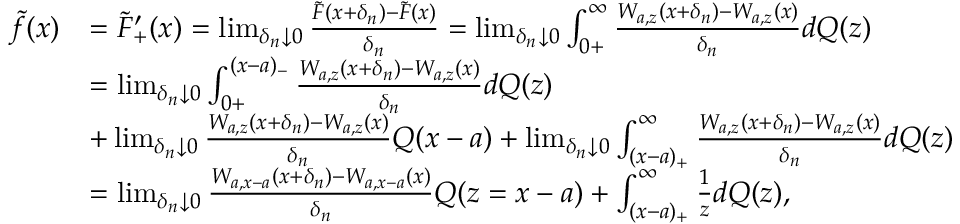
\begin{array} { r l } { \tilde { f } ( x ) } & { = \tilde { F } _ { + } ^ { \prime } ( x ) = \operatorname* { l i m } _ { \delta _ { n } \downarrow 0 } \frac { \tilde { F } ( x + \delta _ { n } ) - \tilde { F } ( x ) } { \delta _ { n } } = \operatorname* { l i m } _ { \delta _ { n } \downarrow 0 } \int _ { 0 + } ^ { \infty } \frac { W _ { a , z } ( x + \delta _ { n } ) - W _ { a , z } ( x ) } { \delta _ { n } } d Q ( z ) } \\ & { = \operatorname* { l i m } _ { \delta _ { n } \downarrow 0 } \int _ { 0 + } ^ { ( x - a ) _ { - } } \frac { W _ { a , z } ( x + \delta _ { n } ) - W _ { a , z } ( x ) } { \delta _ { n } } d Q ( z ) } \\ & { + \operatorname* { l i m } _ { \delta _ { n } \downarrow 0 } \frac { W _ { a , z } ( x + \delta _ { n } ) - W _ { a , z } ( x ) } { \delta _ { n } } Q ( x - a ) + \operatorname* { l i m } _ { \delta _ { n } \downarrow 0 } \int _ { ( x - a ) _ { + } } ^ { \infty } \frac { W _ { a , z } ( x + \delta _ { n } ) - W _ { a , z } ( x ) } { \delta _ { n } } d Q ( z ) } \\ & { = \operatorname* { l i m } _ { \delta _ { n } \downarrow 0 } \frac { W _ { a , x - a } ( x + \delta _ { n } ) - W _ { a , x - a } ( x ) } { \delta _ { n } } Q ( z = x - a ) + \int _ { ( x - a ) _ { + } } ^ { \infty } \frac { 1 } { z } d Q ( z ) , } \end{array}